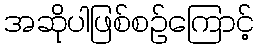
အဆိုပါဖြစ်စဉ်ကြောင့်